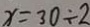
x = 3 0 \div 2